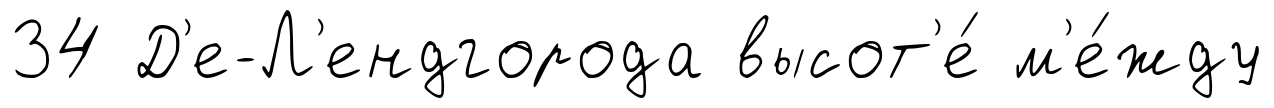
34 Д'е-Л'ендгорода высот'е́ м'е́жду